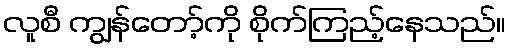
လူစီ ကျွန်တော့်ကို စိုက်ကြည့်နေသည်။